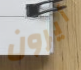
أيرون